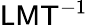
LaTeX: {\mathsf{L}}{\mathsf{M}}{\mathsf{T}}^{-1}